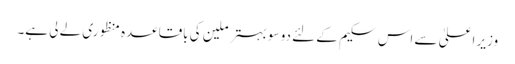
وزیر اعلیٰ سے اس سکیم کے لئے دو سو بہتر ملین کی باقاعدہ منظوری لے لی ہے۔